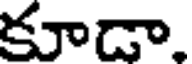
కూడా.